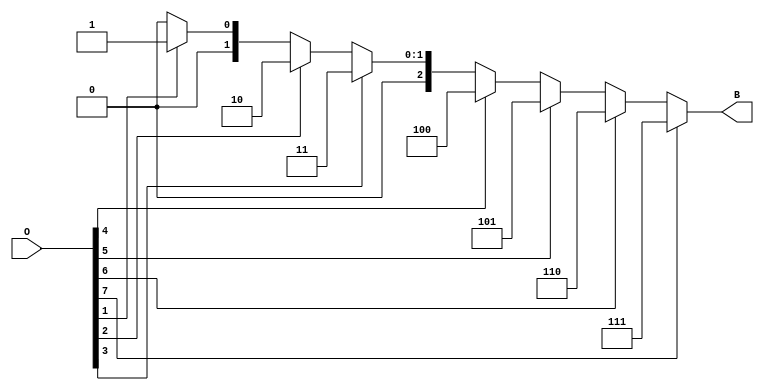
module octal_to_binary_encoder (
    input wire [7:0] O,  // 8-bit octal input
    output reg [2:0] B   // 3-bit binary output
);

    always @(*) begin
        case (1'b1)  // Check for the highest active input
            O[7]: B = 3'b111; // If O[7] is high, output 111
            O[6]: B = 3'b110; // If O[6] is high, output 110
            O[5]: B = 3'b101; // If O[5] is high, output 101
            O[4]: B = 3'b100; // If O[4] is high, output 100
            O[3]: B = 3'b011; // If O[3] is high, output 011
            O[2]: B = 3'b010; // If O[2] is high, output 010
            O[1]: B = 3'b001; // If O[1] is high, output 001
            O[0]: B = 3'b000; // If O[0] is high, output 000
            default: B = 3'b000; // If none are high, output 000
        endcase
    end

endmodule